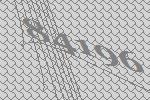
84196